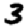
Digit: 3